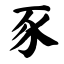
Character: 豕